Medical and sanitary report of the native army of Madras for the year
Year: 1878
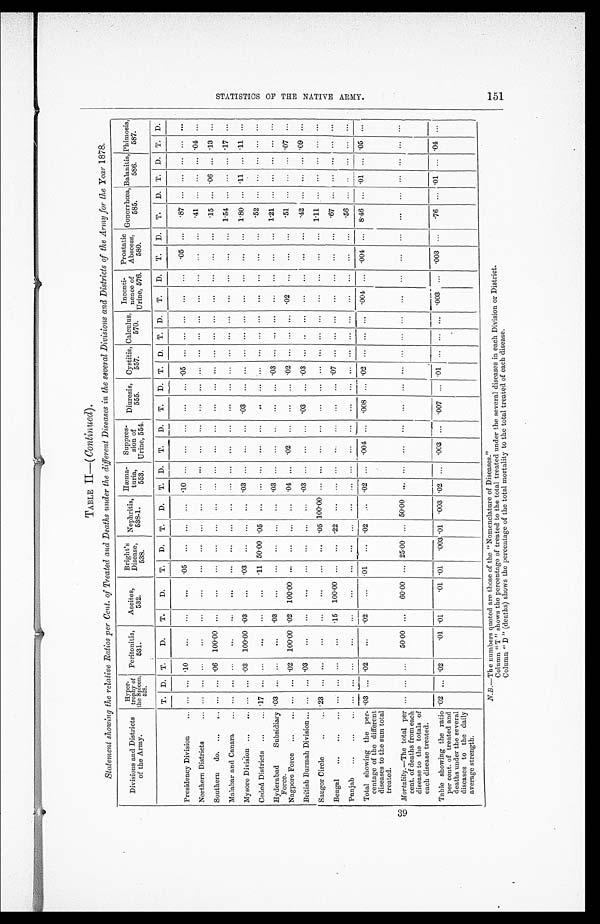
TABLE II—( Continued).
Statement showing the relative Ratios per Cent. of Treated and Deaths under the different Diseases in the several Divisions and Districts of the Army for the Year 1878.
Divisions and Districts
of the Army.
H y p e r - t r o p h y o f S p l e e n , 5 2 8 .
Peritonitis,
531.
Ascites,
532.
Bright's
Disease,
538.
Nephritis, 538-1. Hæma-
turia,
553.
Suppres- sion of
Urine, 554.
Diuresis,
555.
Cystitis,
557.
Calculus,
570.
Inconti-
nence of
Urine, 576.
Prostatic
Abscess,
580.
Gonorrhœa,
585.
Balanitis,
586.
Phimosis,
587.
T. D. T.
D.
T.
D.
T.
D.
T.
D.
T. D.
T.
D.
T.
D. T. D. T. D.
T.
D.
T.
D.
T.
D. T. D. T. D.
Presidency Division . . .
. . .
. . . .10
. . .
. . .
. . .
. 0 5
. . .
. . .
. . .
. 1 0
. . . . . .. . .
. . .
. . .
.05
. . .
. . . . . .
. . .
. . .
. 0 5
. . .
. 8 7
. . .
. . .
. . .
. . . . . .
Northern Districts . . .
. . .
. . .
. . .
. . .
. . .
. . .
. . .
. . .
. . .
. . .
. . .
. . .
. . .
. . .
. . . . . .
. . .
. . .
. . .
. . .
. . .
. . .
. . .
. . .
. 4 1
. . .
. . .
. . . . 0 4 . . .
Southern do. . . .
. . . . . .
. 0 6 100.00
. . .
. . .
. . .
. . .
. . .
. . .
. . .
. . . . . .. . .
. . . . . . . . .
. . .
. . .
. . .
. . .
. . .
. . .
. . .
. 1 5
. . .
. 0 6
. . .
. 1 3 . . .
Malabar and Canara . . .
. . . . . . . . .
. . .
. . .
. . .
. . .
. . .
. . .
. . .
. . .
. . .
. . . . . .
. . .
. . .
. . .
. . .
. . . . . .
. . .
. . .
. . .
. . .
1.54
. . .
. . .
. . . .17 . . .
My sore Division . . . . . . . . . .03 100.00 .03
. . .
.03
. . .
. . .
. . .
.03
. . .
. . . . . . .03
. . .
. . .
. . .
. . . . . .
. . .
. . .
. . .
. . .
1.80
. . . .11
. . . .11 . . .
C eded Districts . . . .17 . . .
. . .
. . .
. . .
. . .
.11 50.00 .05
. . .
. . .
. . .
. . . . . .
. . .
. . .
. . .
. . .
. . . . . .
. . .
. . .
. . .
. . .
.52
. . .
. . .
. . .
. . . . . .
Hyderabad Subsidiary
Force.
.03 . . .
. . .
. . . .03
. . .
. . .
. . .
. . .
. . .
. 0 3
. . .
. . . . . .
. . .
. . . .03
. . .
. . . . . .
. . .
. . .
. . .
. . .
1.21
. . .
. . .
. . .
. . . . . .
Nagpore Force . . . . . . . . . .02 100.00 .02 100.00
. . .
. . .
. . .
. . .
.04
. . . .02 . . .
. . . . . . .02
. . .
. . . . . . .02
. . .
. . .
. . .
. 5 1
. . .
. . .
. . . .07 . . .
British Burmah Division . . . . . . . . . .03
. . .
. . .
. . .
. . .
. . .
. . .
. . .
.03
. . .
. . . . . .
.03
. . . .03
. . .
. . .
. . .
. . .
. . .
. . .
. . .
.42
. . .
. . .
. . . .09 . . .
Saugor Circle . . .
. 2 3 . . .
. . . . . .
. . .
. . .
. . .
. . .
. 0 5
1 0 0 . 0 0
. . .
. . . . . .. . .
. . . . . . . . .
. . .
. . . . . .
. . .
. . .
. . .
. . . 1.11
. . . . . .
. . .
. . . . . .
Bengal . . .
. . . . . .
. . .
. . .
. 1 5 100.00
. . .
. . . .22
. . .
. . .
. . . . . .. . .
. . . . . .
. 07
. . .
. . . . . .
. . .
. . .
. . .
. . . .67
. . .
. . .
. . .
. . . . . .
Punjab . . .
. . . . . . . . .
. . .
. . .
. . .
. . .
. . .
. . .
. . .
. . .
. . .
. . . . . .
. . .
. . .
. . .
. . .
. . . . . .
. . .
. . .
. . .
. . .
.56
. . .
. . .
. . .
. . . . . .
Total showing the per-
centage of the different
diseases to the sum total
treated.
.03 . . . .02
. . . .02
. . .
.01
. . .
.02
. . .
.02
. . . .004 . . .
.008 . . . .02
. . .
. . . . . .
.004
. . .
.004
. . .
8.46
. . . .01
. . . .05 . . .
Mortality.—The total per
cent. of deaths from each
disease to the totals of
each disease treated.
. . . . . .
. . .
50.00
. . .
60.00
. . . 25.00
. . . 50.00
. . .
. . .
. . . . . .
. . .
. . .
. . .
. . .
. . .
. . .
. . .
. . .
. . .
. . .
. . .
. . .
. . .
. . .
. . . . . .
Table showing the ratio
per cent. of treated and
deaths under the several
diseases to the daily
average strength.
.02 . . . .02
.01 .01
.01 .01
.003 .01 .003 .02
. . . .003 . . . .007 . . . .01
. . .
. . .
. . .
.003
. . .
. 0 0 3
. . .
. 7 6
. . . .01
. . . .04 . . .
N.B.—The numbers quoted are those of the "Nomenclature of Diseases."
Column " T " shows the percentage of treated to the total treated under the several diseases in each Division or District.
Column " D " (deaths) shows the percentage of the total mortality to the total treated of each disease.
S T A T I S T I C S O F T H E N A T I V E A R MY .
151